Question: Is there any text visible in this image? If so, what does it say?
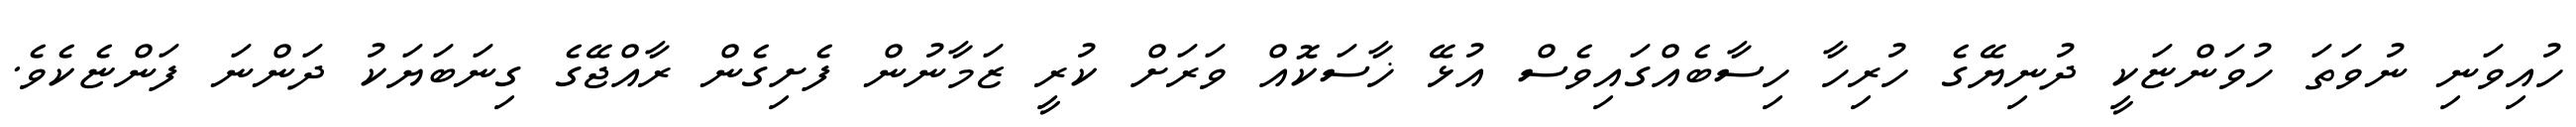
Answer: ހުއިވަނި ނުވަތަ ހުވަންޏަކީ ދުނިޔޭގެ ހުރިހާ ހިސާބެއްގައިވެސް އުޅޭ ޚާސަކޮއް ވަރަށް ކުރީ ޒަމާނުން ފެށިގެން ރާއްޖޭގެ ގިނަބަޔަކު ދަންނަ ފަންޏެކެވެ.